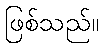
ဖြစ်သည်။